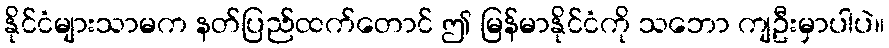
နိုင်ငံများသာမက နတ်ပြည်ထက်တောင် ဤ မြန်မာနိုင်ငံကို သဘော ကျဦးမှာပါပဲ။